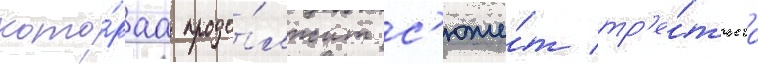
кото́раа продо́лжит с'юже́т тр'е́тьего